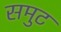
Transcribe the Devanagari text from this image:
समुट